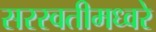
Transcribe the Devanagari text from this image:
सरस्वतीमध्वरे